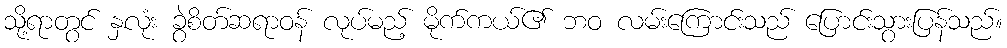
သို့ရာတွင် နှလုံး ခွဲစိတ်ဆရာဝန် လုပ်မည့် မိုက်ကယ်၏ ဘဝ လမ်းကြောင်းသည် ပြောင်းသွားပြန်သည်။